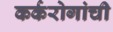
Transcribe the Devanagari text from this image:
कर्करोगांची